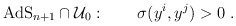
\begin{align*}{\rm AdS}_{n+1}\cap {\cal U}_0:~~~~~~\sigma(y^i,y^j)>0~.\end{align*}